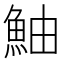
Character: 鮋